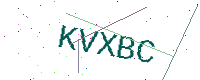
Text: KVXBC